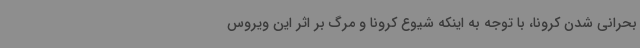
بحرانی شدن کرونا، با توجه به اینکه شیوع کرونا و مرگ بر اثر این ویروس